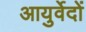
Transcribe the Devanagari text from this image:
आयुर्वेदों